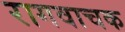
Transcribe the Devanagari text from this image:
रागवाचक